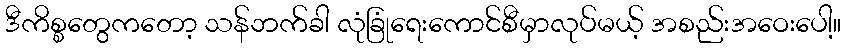
ဒီကိစ္စတွေကတော့ သန်ဘက်ခါ လုံခြုံရေးကောင်စီမှာလုပ်မယ့် အစည်းအဝေးပေါ့။